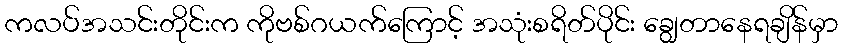
ကလပ်အသင်းတိုင်းက ကိုဗစ်ဂယက်ကြောင့် အသုံးစရိတ်ပိုင်း ချွေတာနေရချိန်မှာ